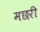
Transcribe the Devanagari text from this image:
मछरी